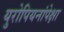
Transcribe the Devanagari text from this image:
युरोपियनांपेक्षा